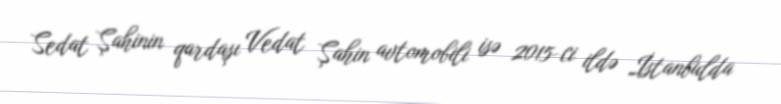
Sedat Şahinin qardaşı Vedat Şahin avtomobili isə 2015-ci ildə İstanbulda